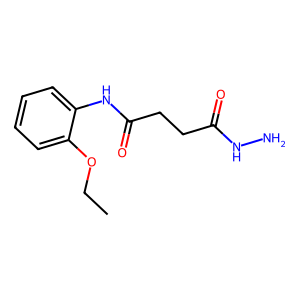
SMILES: CCOc1ccccc1NC(=O)CCC(=O)NN
Inhibits HIV replication: No